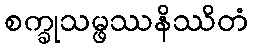
စက္ခုသမ္ဖဿနိဿိတံ